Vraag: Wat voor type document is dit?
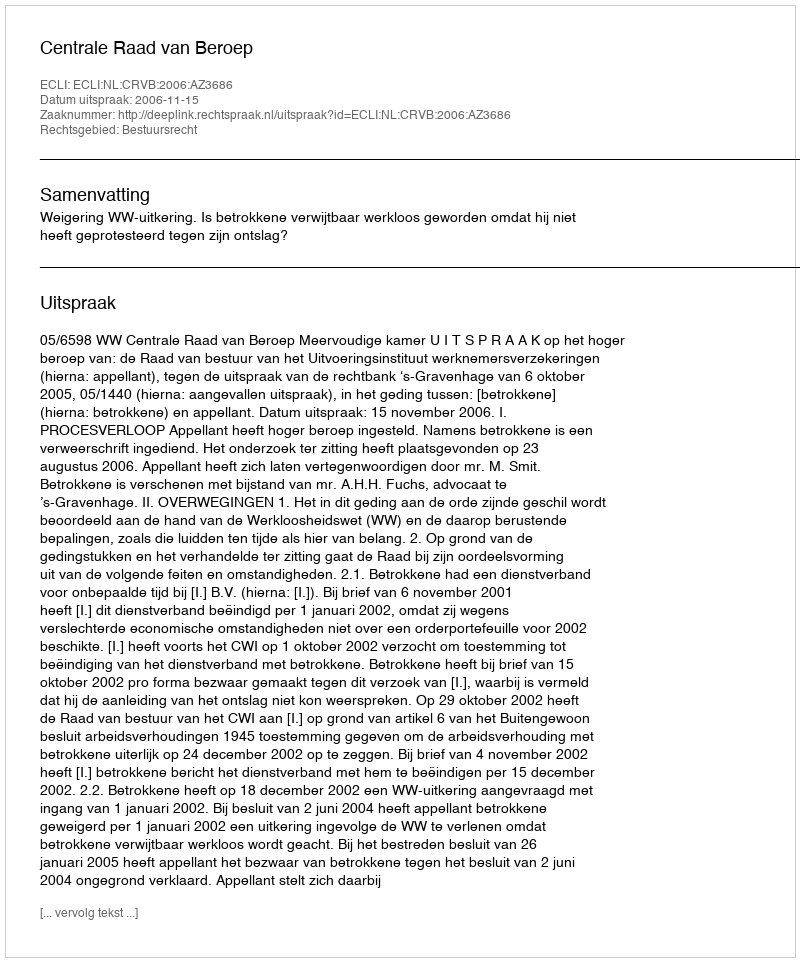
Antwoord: Uitspraak